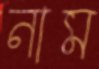
নাম